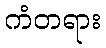
ကံတရား